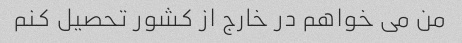
من می خواهم در خارج از کشور تحصیل کنم